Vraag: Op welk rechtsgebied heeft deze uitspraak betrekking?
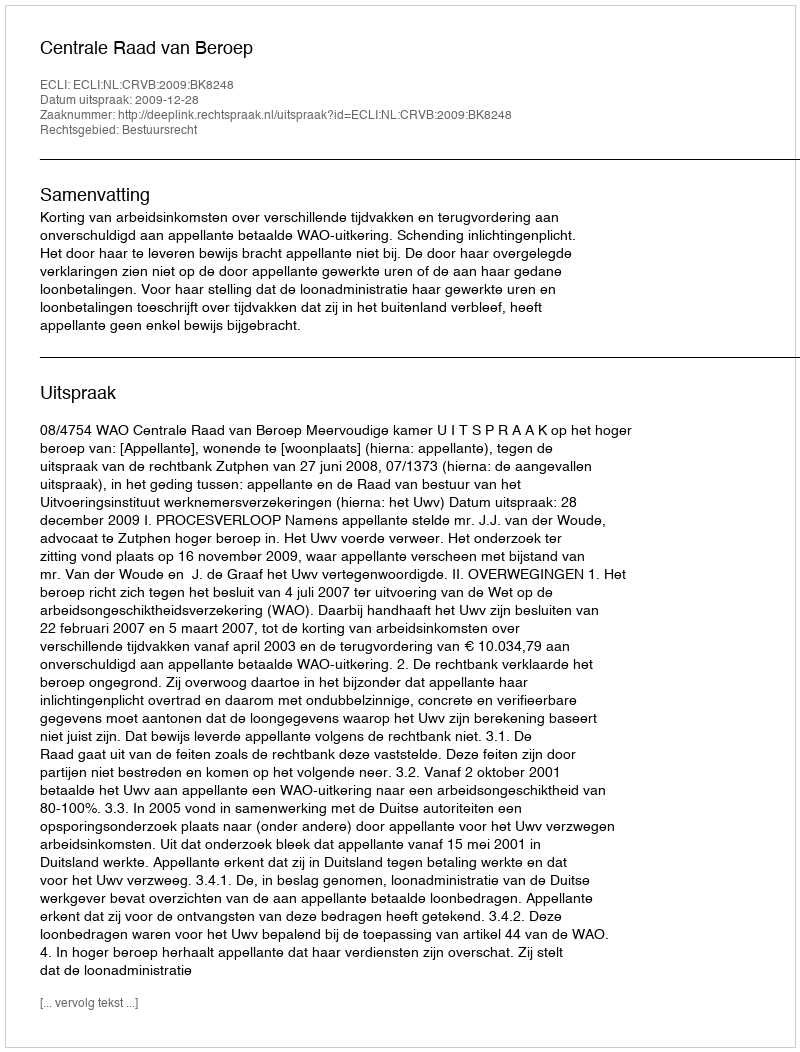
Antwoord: Bestuursrecht